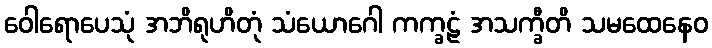
ဝေါရောပေသုံ အဘိရုဟိတုံ သံယောဂေါ ကက္ခဠံ အသက္ခီတိ သမထေနေဝ